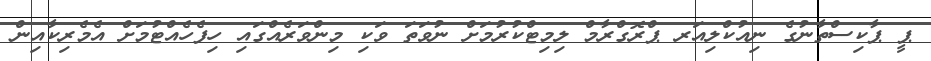
ޕީ ޕާކިސްތާނުގެ ނިއުކްލިއަރ ޕްރޮގްރާމް ލިމިޓްކުރުމަށް ނުވަތަ ވަކި މިންވަރެއްގައި ހިފެހެއްޓުމަށް އެމެރިކާއިން